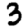
Digit: 3